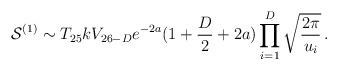
LaTeX: \begin{align*}{\cal S}^{(1)} \sim T_{25}k V_{26-D} e^{-2a}(1 + \frac{D}{2} + 2a) \prod_{i=1}^{D} \sqrt{ \frac{2\pi}{u_{i}}} \, .\end{align*}